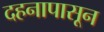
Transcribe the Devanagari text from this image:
दहनापासून